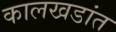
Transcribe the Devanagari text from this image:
कालखडांत